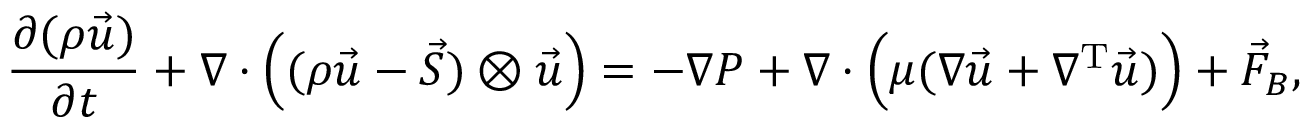
\frac { \partial ( \rho \vec { u } ) } { \partial t } + \nabla \cdot \Big ( ( \rho \vec { u } - \vec { S } ) \otimes \vec { u } \Big ) = - \nabla P + \nabla \cdot \Big ( \mu ( \nabla \vec { u } + \nabla ^ { \mathrm { T } } \vec { u } ) \Big ) + \vec { F } _ { B } ,